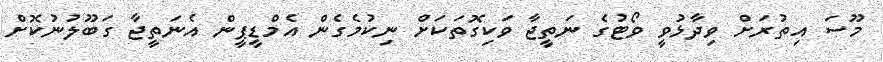
މޫސަ އިތުރަށް ވިދާޅުވީ ވޯޓުގެ ނަތީޖާ ވަކިގޮތަކަށް ނިކުމެގެން އެމްޑީޕީން އެނަތީޖާ ގަބޫލުނުކޮށް